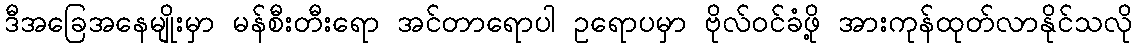
ဒီအခြေအနေမျိုးမှာ မန်စီးတီးရော အင်တာရောပါ ဥရောပမှာ ဗိုလ်ဝင်ခံဖို့ အားကုန်ထုတ်လာနိုင်သလို